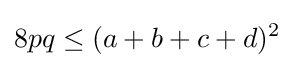
\displaystyle 8pq\leq (a+b+c+d)^{2}